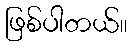
ဖြစ်ပါတယ်။